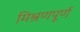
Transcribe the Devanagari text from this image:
मिश्रणपूर्ण